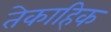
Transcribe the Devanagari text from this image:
तेकाहिक